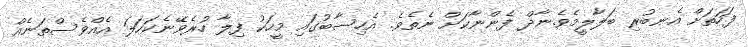
ފަހަތަށް އެނބުރި ބަލާލީމެވެ.ނާދް ފެންނާކަށް ނެތެވެ. އެހިސާބުގައި މީހަކު ފިލާ ހުރެވޭނެކަހަލަ އެއްވެސްތަނެއް